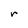
Character: r